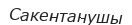
Сакентанушы